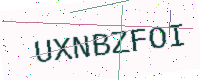
Text: UXNBZFOI